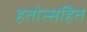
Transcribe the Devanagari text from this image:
हतोत्सहित